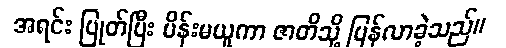
အရင်း ပြုတ်ပြီး မိန်းမယူကာ ဇာတိသို့ ပြန်လာခဲ့သည်။